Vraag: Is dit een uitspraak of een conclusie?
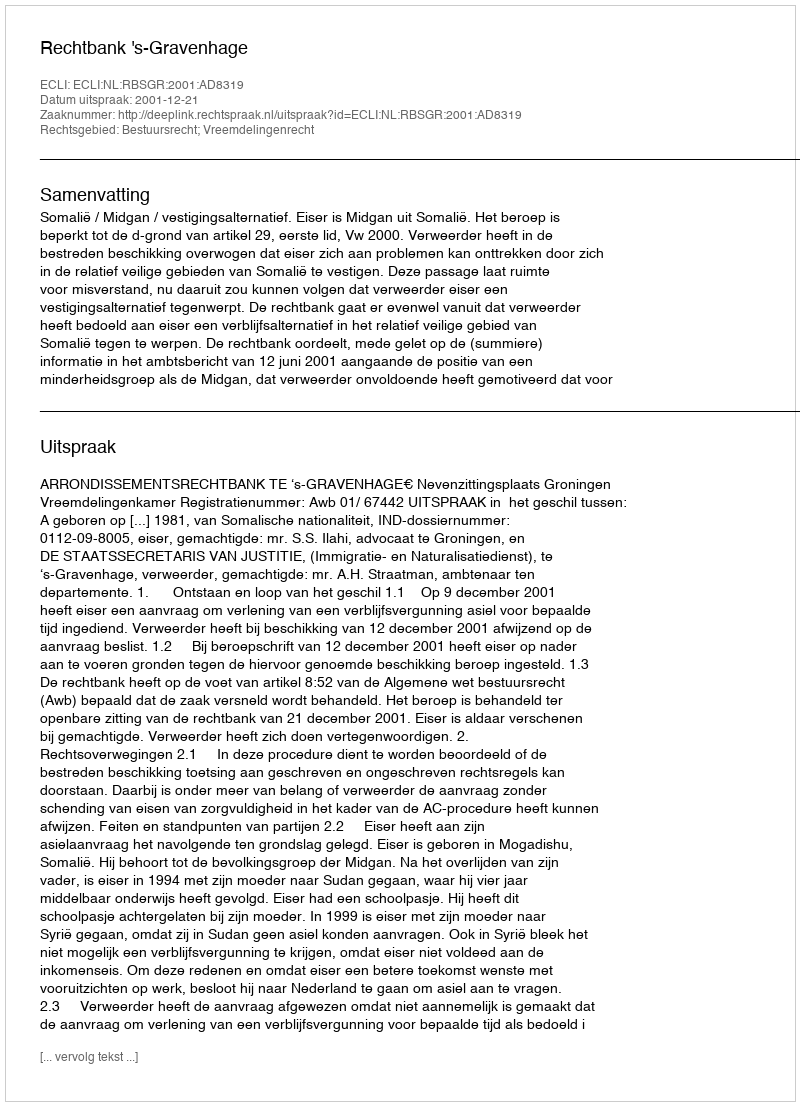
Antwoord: Uitspraak